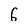
Character: 6